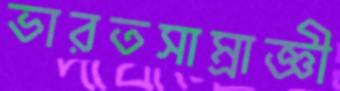
ভারতসাম্রাজ্ঞী